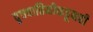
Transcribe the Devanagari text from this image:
वृत्तवाहिनीकडूनही